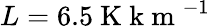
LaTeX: L=6.5\mathrm{~K~k~m~}^{-1}